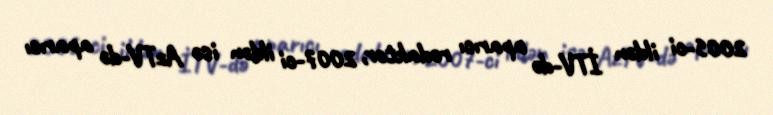
2005-ci ildən İTV-də aparıcı redaktor, 2007-ci ildən isə AzTV-də aparıcı